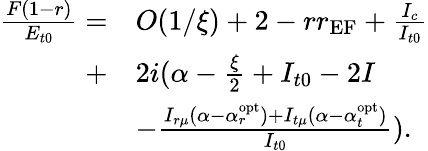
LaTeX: \begin{array}{rl}{\frac{F(1-r)}{E_{t0}}=}&{O(1/\xi)+2-rr_{\textrm{EF}}+\frac{I_{c}}{I_{t0}}}\\ {+}&{2i(\alpha-\frac{\xi}{2}+I_{t0}-2I}\\ &{-\frac{I_{r\mu}(\alpha-\alpha_{r}^{\textrm{opt}})+I_{t\mu}(\alpha-\alpha_{t}^{\textrm{opt}})}{I_{t0}}).}\end{array}